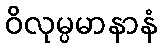
ဝိလုမ္ပမာနာနံ